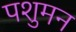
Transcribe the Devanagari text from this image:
पशुमन